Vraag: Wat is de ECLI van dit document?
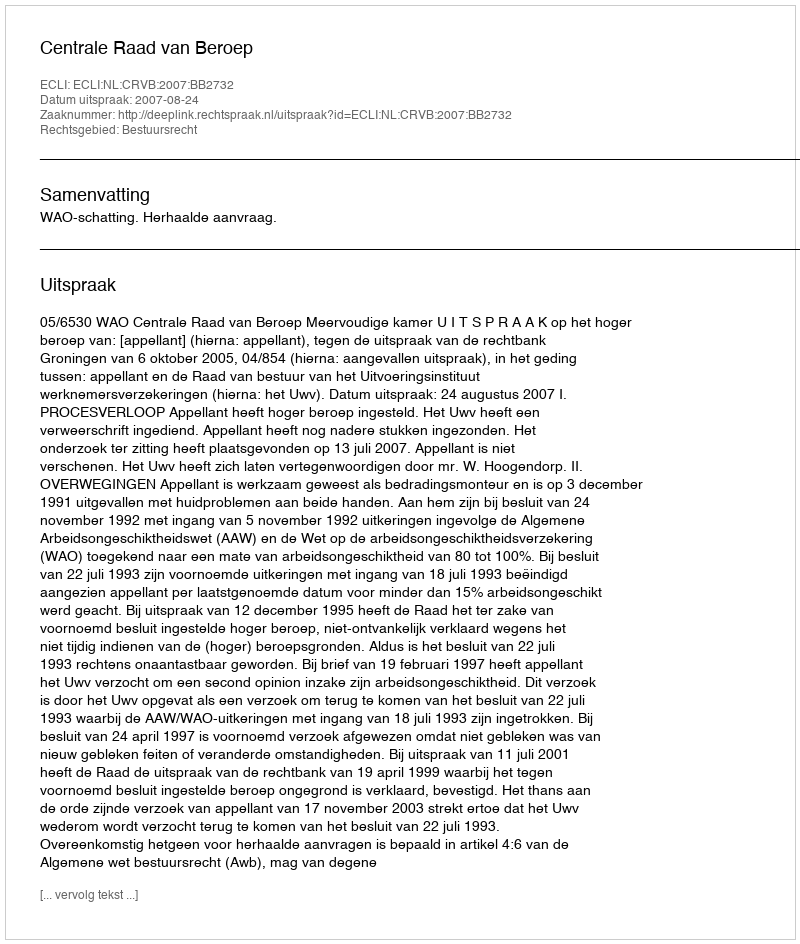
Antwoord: ECLI:NL:CRVB:2007:BB2732